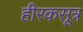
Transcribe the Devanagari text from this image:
हीरकसूत्र